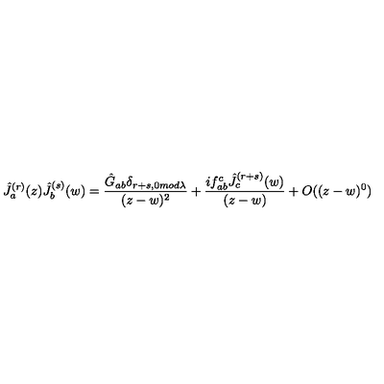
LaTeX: \hat { J } _ { a } ^ { ( r ) } ( z ) \hat { J } _ { b } ^ { ( s ) } ( w ) = \frac { \hat { G } _ { a b } \delta _ { r + s , 0 m o d \lambda } } { ( z - w ) ^ { 2 } } + \frac { i f _ { a b } ^ { c } \hat { J } _ { c } ^ { ( r + s ) } ( w ) } { ( z - w ) } + O ( ( z - w ) ^ { 0 } )